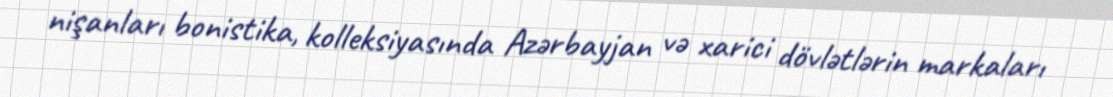
nişanları bonistika, kolleksiyasında Azərbayjan və xarici dövlətlərin markaları